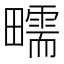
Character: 㽭